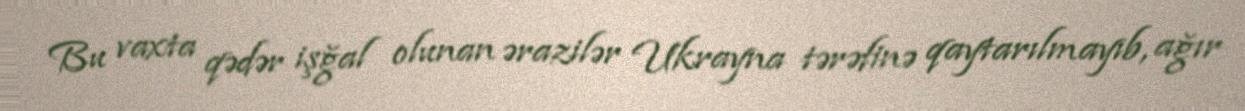
Bu vaxta qədər işğal olunan ərazilər Ukrayna tərəfinə qaytarılmayıb, ağır